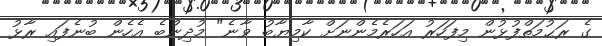
ގެ ރަޙުމަތްފުޅުން މިފަހަރު އަހަރެމެންނަށް ކާމިޔާބު ވާނެ" މުދިންބެ އެހެން ބުނެފައި ރާޅު